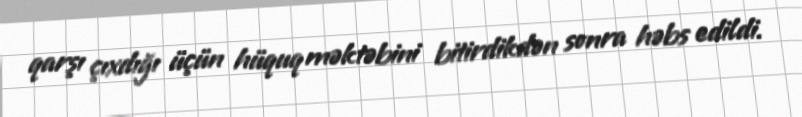
qarşı çıxdığı üçün hüquq məktəbini bitirdikdən sonra həbs edildi.